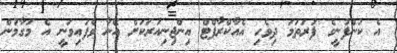
އެ ކުންފުނީގެ ފުރަތަމަ ދިވެހި އެއާކްރާފްޓް އިންޖިނިއަރަކަށް އޭނާ ވެފައިވަނީ އެ މަގާމުން